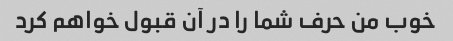
خوب من حرف شما را در آن قبول خواهم کرد